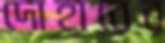
দোহারের